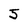
Character: 5